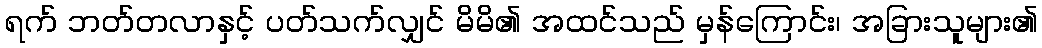
ရက် ဘတ်တလာနှင့် ပတ်သက်လျှင် မိမိ၏ အထင်သည် မှန်ကြောင်း၊ အခြားသူများ၏